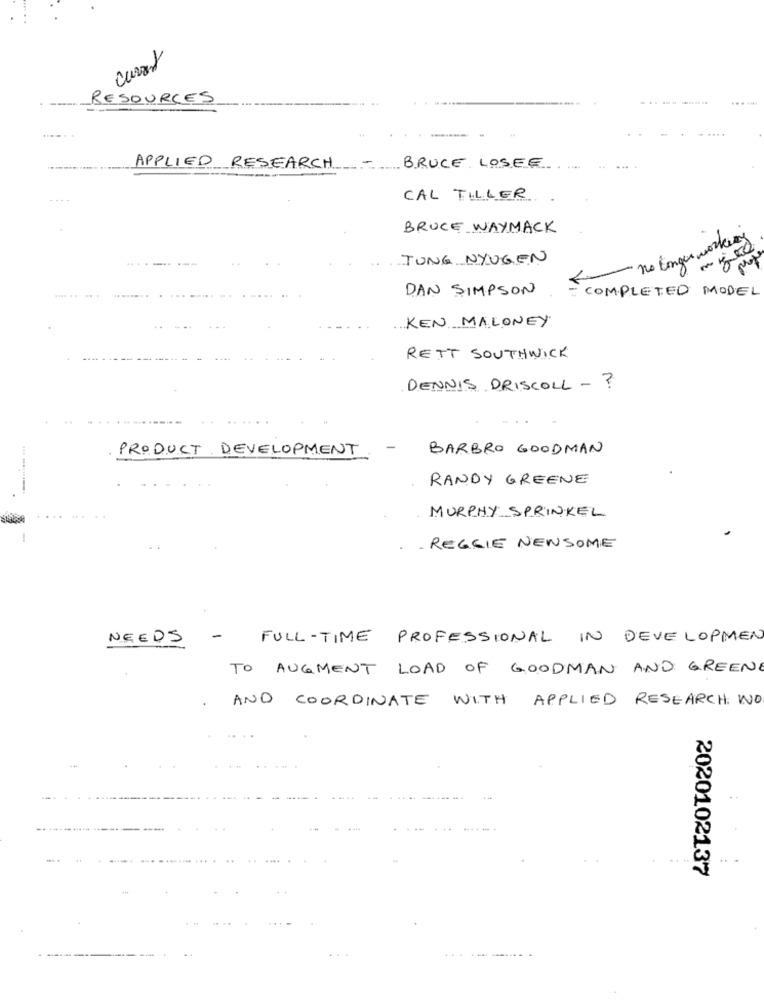
RESOURCES
------
.......
APPLIED RESEARCH
BRUCE LOSEE
CAL TILLER
BRUCE WAYMACK
no longer working
....-..
TUNG NYUGEN
DAN SIMPSON
COMPLETED MODEL
KEN MALONEY
RETT SOUTHWICK
DENNIS DRISCOLL - ?
PRODUCT DEVELOPMENT
BARBRO GOODMAN
RANDY GREENE
MURPHY SPRINKEL
- REGGIE NEWSOME
NEEDS -
FULL-TIME PROFESSIONAL IN DEVELOPMEN
TO AUGMENT LOAD OF GOODMAN AND GREEN
AND COORDINATE WITH APPLIED RESEARCH. NO
2020102137
. .